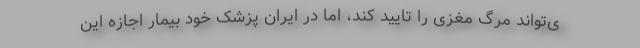
ی‌تواند مرگ مغزی را تایید کند، اما در ایران پزشک خود بیمار اجازه این